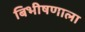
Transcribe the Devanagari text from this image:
बिभीषणाला